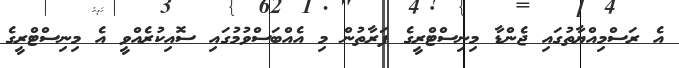
އެ ރަސްމިއްޔާތުގައި ޖެންޑާ މިނިސްޓްރީގެ ފަރާތުން މި އެއްބަސްވުމުގައި ސޮއިކުރެއްވީ އެ މިނިސްޓްރީގެ